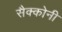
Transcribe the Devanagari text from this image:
सैक्कोनी